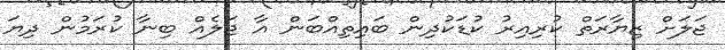
ޖަލަށް ޒިޔާރަތް ކުރިއިރު ކުޑަކުދިން ބައިތިއްބަން އާ ޖަލެއް ބިނާ ކުރަމުން ދިޔަ